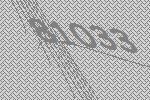
81033